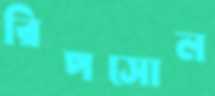
রিপসোল